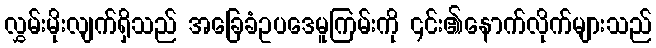
လွှမ်းမိုးလျက်ရှိသည် အခြေခံဥပဒေမူကြမ်းကို ၎င်း၏နောက်လိုက်များသည်